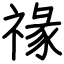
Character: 禒